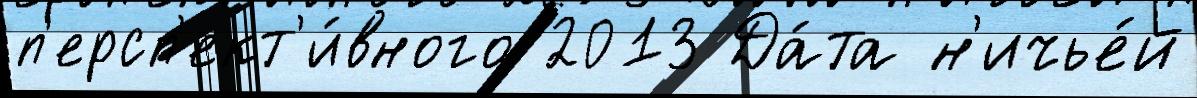
п'ерсп'ект'и́вного 2013 Да́та н'ичье́й